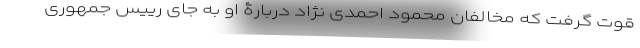
قوت گرفت که مخالفان محمود احمدی نژاد دربارۀ او به جای رییس جمهوری